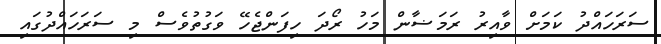
ސަރަހައްދު ކަމަށް ވާއިރު ރަމަޟާން މަހު ރޯދަ ހިފަންޖެހޭ ވަގުތުވެސް މި ސަރަހައްދުގައި